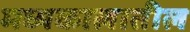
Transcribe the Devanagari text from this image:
मध्यकालातील